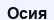
Осия